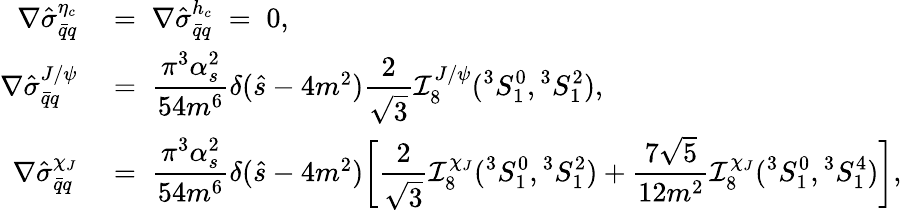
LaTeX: \begin{array}{rl}{{\nabla\hat{\sigma}_{\bar{q}q}^{\eta_{c}}\; }}&{{=\; \nabla\hat{\sigma}_{\bar{q}q}^{h_{c}}\; =\; 0,}}\\ {{\nabla\hat{\sigma}_{\bar{q}q}^{J/\psi}\; }}&{{=\; {\displaystyle{\frac{\pi^{3}\alpha_{s}^{2}}{54m^{6}}}}\delta(\hat{s}-4m^{2})\displaystyle{\frac{2}{\sqrt 3}}{\cal I}_{8}^{J/\psi}({}^{3}S_{1}^{0},{}^{3}S_{1}^{2}),}}\\ {{\nabla\hat{\sigma}_{\bar{q}q}^{\chi_{J}}\; }}&{{=\; {\displaystyle{\frac{\pi^{3}\alpha_{s}^{2}}{54m^{6}}}}\delta(\hat{s}-4m^{2})\biggl[\displaystyle{\frac{2}{\sqrt 3}}{\cal I}_{8}^{\chi_{J}}({}^{3}S_{1}^{0},{}^{3}S_{1}^{2})+\displaystyle{\frac{7\sqrt 5}{12m^{2}}}{\cal I}_{8}^{\chi_{J}}({}^{3}S_{1}^{0},{}^{3}S_{1}^{4})\biggr],}}\end{array}